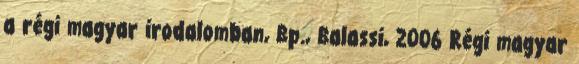
a régi magyar irodalomban, Bp., Balassi, 2006 Régi magyar